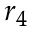
r _ { 4 }